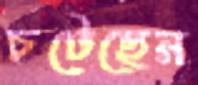
চটেছেন